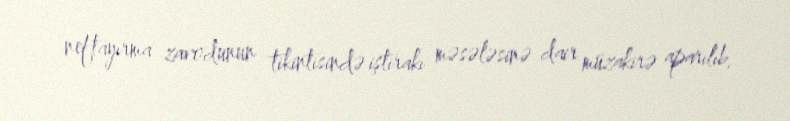
neftayırma zavodunun tikintisində iştirakı məsələsinə dair müzakirə aparılıb.